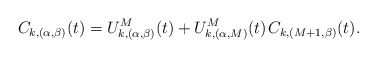
\begin{align*}C_{k,(\alpha,\beta)}(t) = U^M_{k,(\alpha,\beta)}(t) + U^M_{k,(\alpha,M)}(t) \kern+1pt C_{k,(M+1,\beta)}(t).\end{align*}